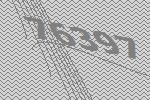
76397